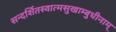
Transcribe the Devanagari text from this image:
सन्दर्शितस्वात्मसुखाम्बुधीनाम्